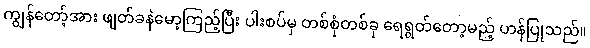
ကျွန်တော့်အား ဖျတ်ခနဲမော့ကြည့်ပြီး ပါးစပ်မှ တစ်စုံတစ်ခု ရေရွတ်တော့မည့် ဟန်ပြုသည်။